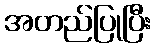
အတည်ပြုပြီး